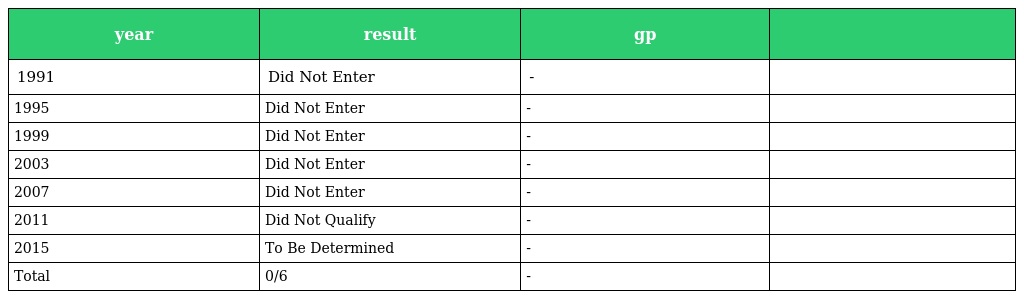
| year | result | gp |  |
 | --- | --- | --- | --- |
 | 1991 | Did Not Enter | - |  |
 | 1995 | Did Not Enter | - |  |
 | 1999 | Did Not Enter | - |  |
 | 2003 | Did Not Enter | - |  |
 | 2007 | Did Not Enter | - |  |
 | 2011 | Did Not Qualify | - |  |
 | 2015 | To Be Determined | - |  |
 | Total | 0/6 | - |  |